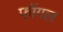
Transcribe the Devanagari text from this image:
फॉगल